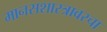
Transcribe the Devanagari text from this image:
मानसशास्त्रावरचा